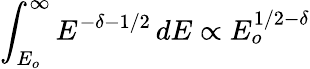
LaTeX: \int_{E_{o}}^{\infty}E^{-\delta-1/2}\, dE\propto E_{o}^{1/2-\delta}